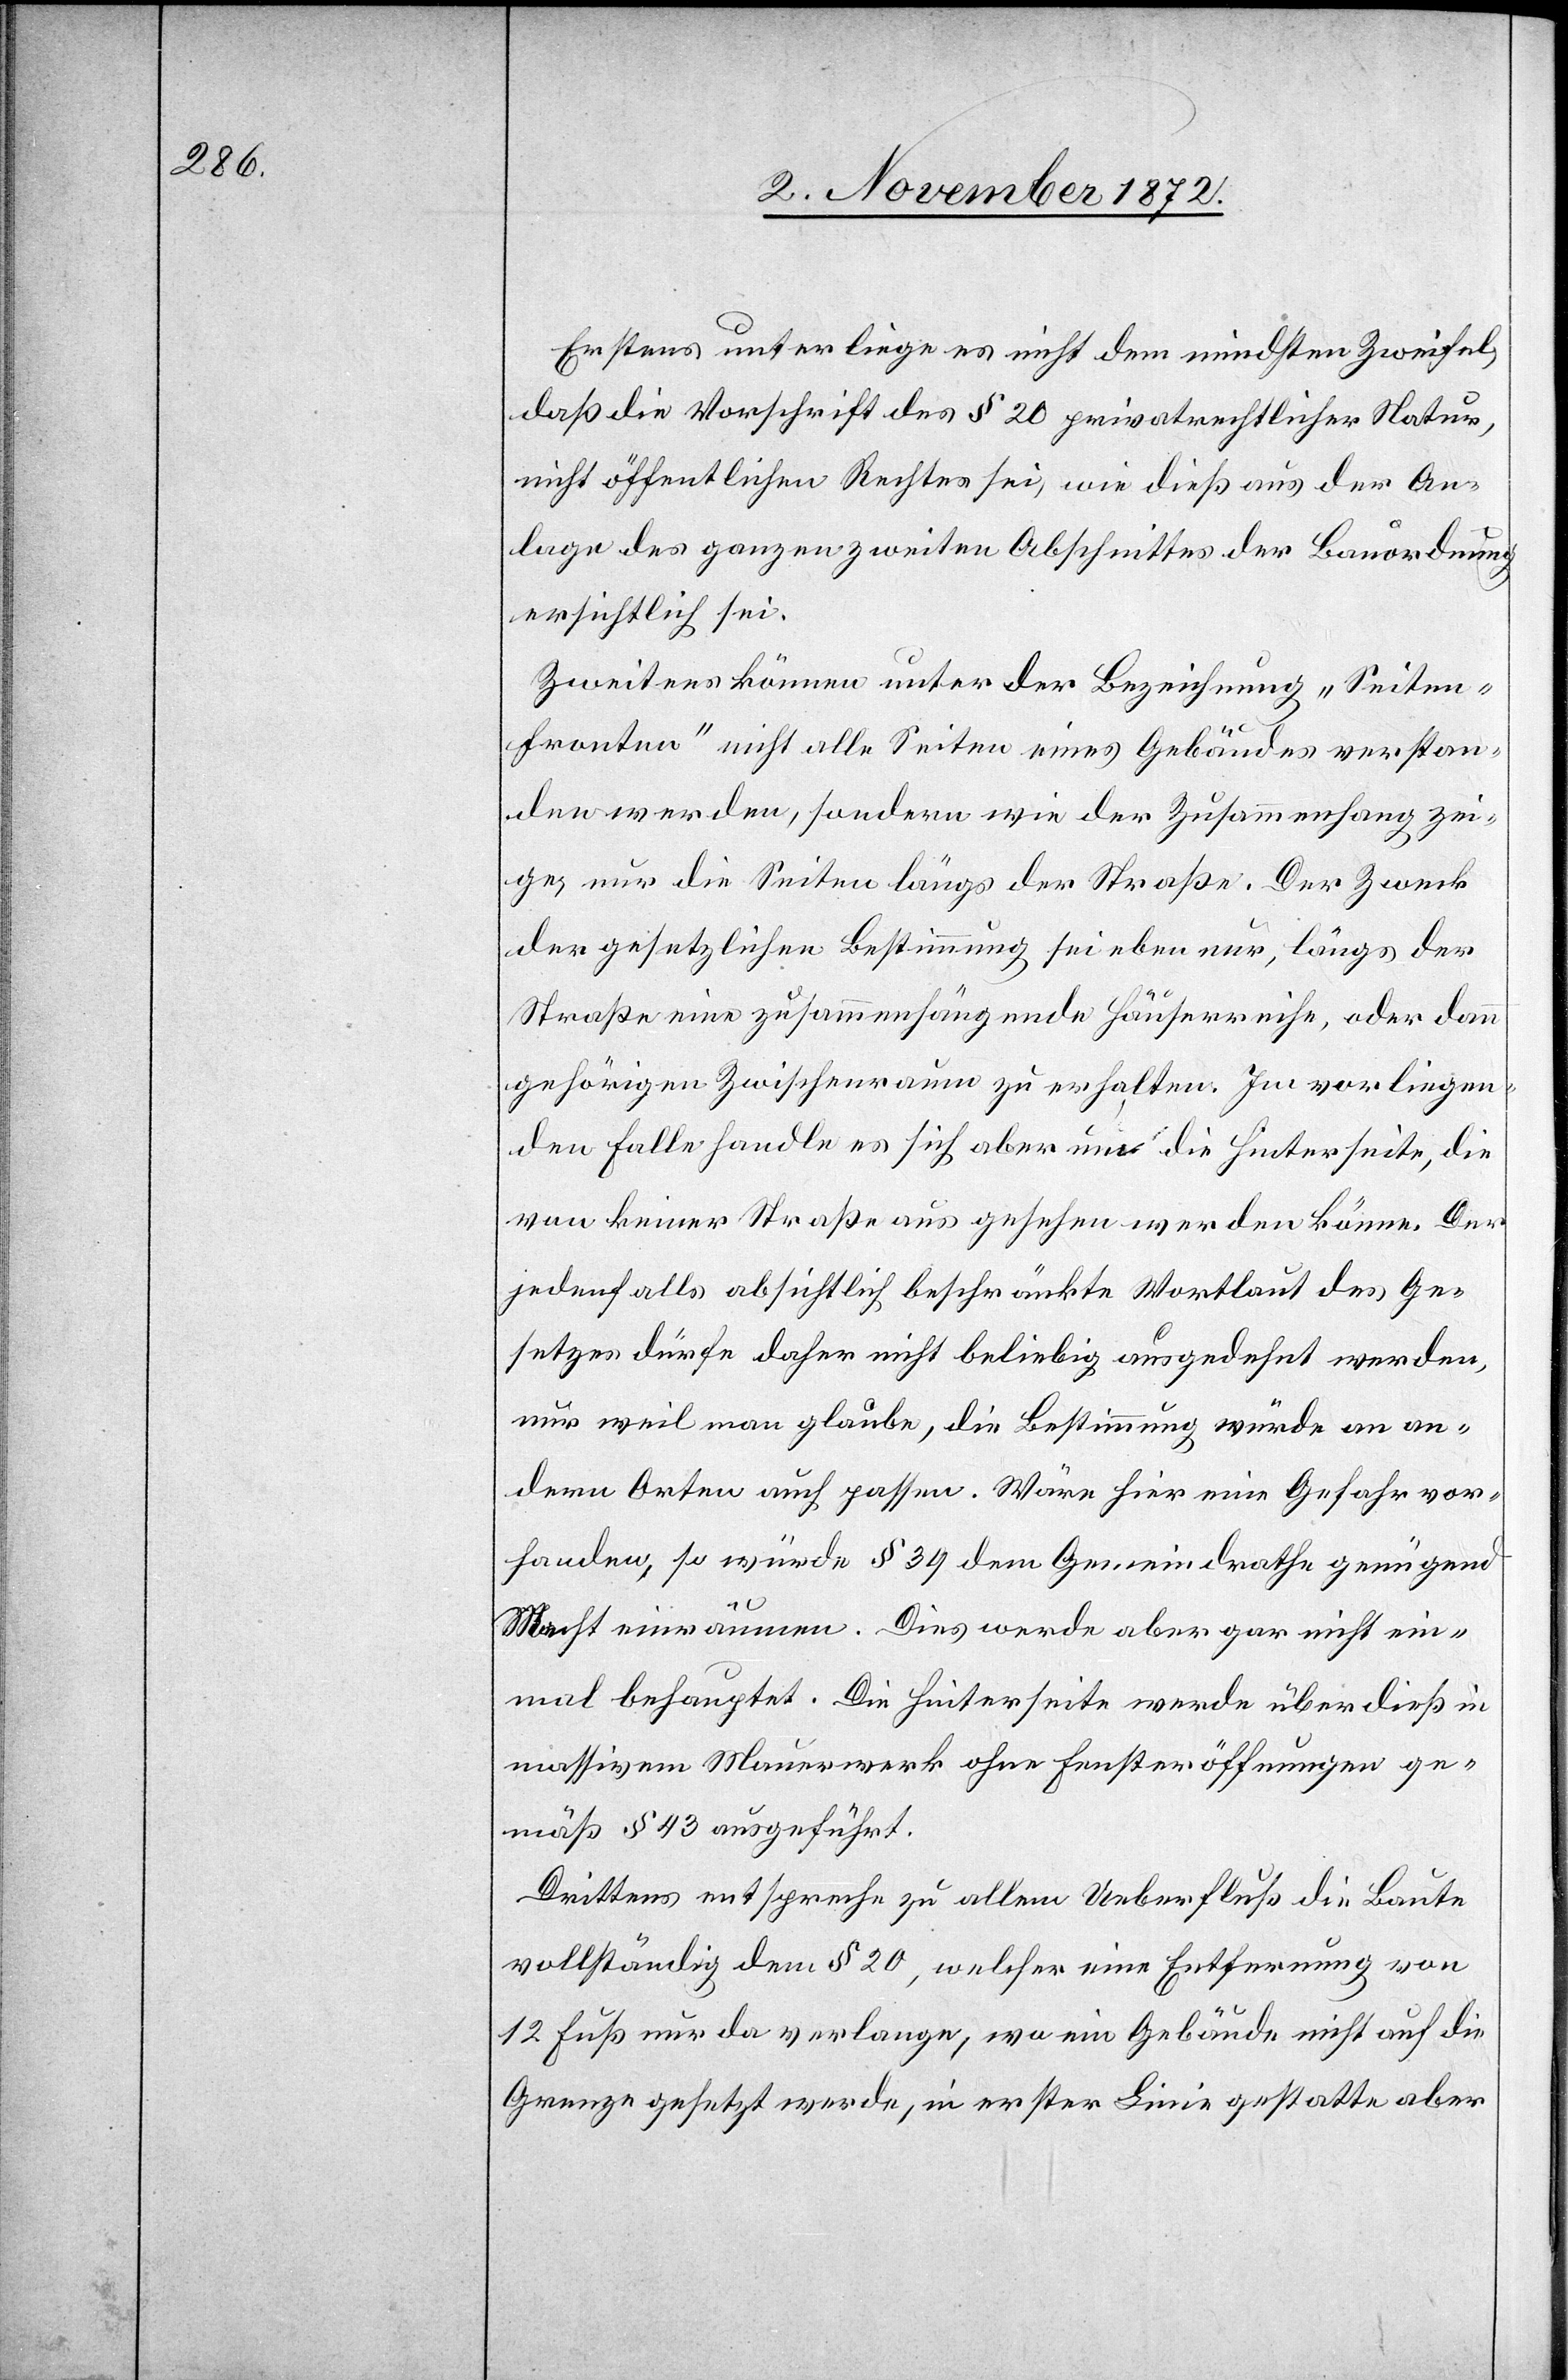
Erstens unterliege es nicht dem mindestens Zweifel,
daß die Vorschrift des § 20 privatrechtlicher Natur,
nicht öffentlichen Rechtes sei, wie dieß aus der An¬
lage des ganzen zweiten Abschnittes der Bauordnung
ersichtlich sei.
Zweitens können unter der Bezeichnung „Seiten¬
fronten“ nicht alle Seiten eines Gebäudes verstan¬
den werden, sondern wie der Zusammenhang zei¬
ge, nur die Seiten längs der Straße. Der Zweck
der gesetzlichen Bestimmung sei eben nur, längs der
Straße eine zusammenhängende Häuserreihe, oder dann
gehörigen Zwischenraum zu erhalten. Im vorliegen¬
den Falle handle es sich aber um die Hinterseite, die
von keiner Straße aus gesehen werden könne. Der
jedenfalls absichtlich beschränkte Wortlaut des Ge¬
setzes dürfe daher nicht beliebig ausgedehnt werden,
nur weil man glaube, die Bestimmung würde an an¬
dern Orten auch passen. Wäre hier eine Gefahr vor¬
handen, so würde § 39 dem Gemeindrathe genügend
massivem Mauerwerk ohne Fensteröffnungen ge¬
mäß § 43 ausgeführt.
Drittens entspreche zu allem Ueberfluß die Baute
vollständig dem § 20, welcher eine Entfernung von
12 Fuß nur da verlange, wo ein Gebäude nicht auf die
Grenze gesetzt werde, in erster Linie gestatte aber